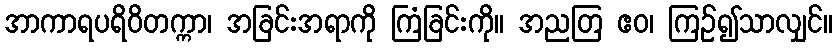
အာကာရပရိဝိတက္ကာ၊ အခြင်းအရာကို ကြံခြင်းကို။ အညတြ ဧဝ၊ ကြဉ်၍သာလျှင်။